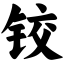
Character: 铰